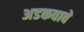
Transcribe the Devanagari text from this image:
अडकवावे